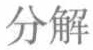
分解